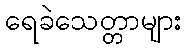
ရေခဲသေတ္တာများ